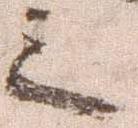
之